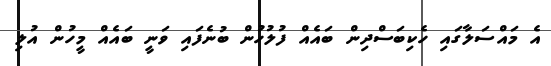
އެ މައްސަލާގައި ހެކިބަސްދިން ބައެއް ފުލުހުން ބުނެފައި ވަނީ ބައެއް މީހުން އުލި